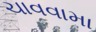
ચાવવામા